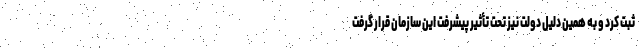
ثبت کرد و به همین دلیل دولت نیز تحت تأثیر پیشرفت این سازمان قرار گرفت